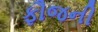
ફૌજની